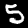
Label: 5